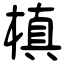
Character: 槙